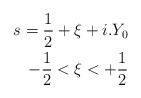
\begin{align*}s=\frac{1}{2}+\xi +i.Y_0\\-\frac{1}{2}<\xi <+\frac{1}{2} \end{align*}